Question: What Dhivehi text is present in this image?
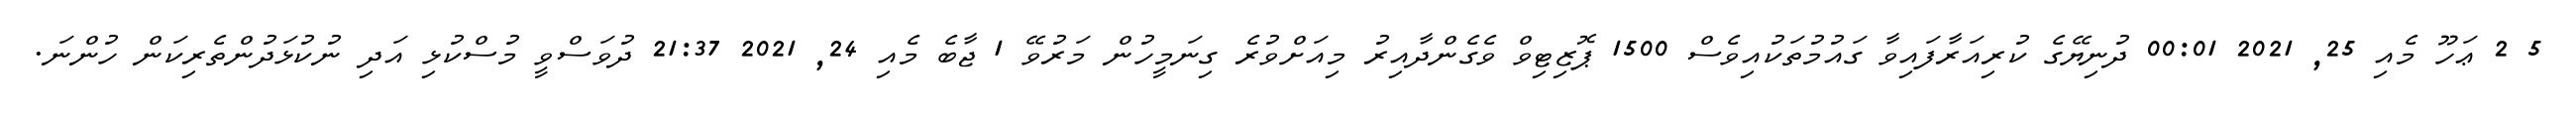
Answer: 5 2 ޢަހޫ މެއި 25, 2021 00:01 ދުނިޔޭގެ ކުރިއަރާފައިވާ ގައުމުތަކުއިވެސް 1500 ޕޮޒިޓިވް ވެގެންދާއިރު މިއަށްވުރެ ގިނަމީހުން މަރުވޭ 1 ޖާބެ މެއި 24, 2021 21:37 ދުވަސްވީ މުސްކުޅި އަދި ނުކުޅަދުންތެރިކަން ހުންނަ.